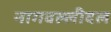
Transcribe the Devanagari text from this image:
नागवल्लीदल